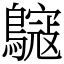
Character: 䳹